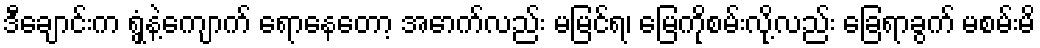
ဒီချောင်းက ရွှံ့နဲ့ကျောက် ရောနေတော့ အောက်လည်း မမြင်ရ၊ မြေကိုစမ်းလို့လည်း ခြေရာခွက် မစမ်းမိ